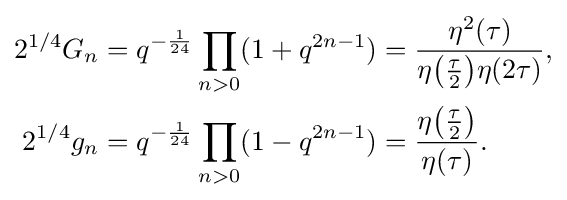
{\begin{aligned}2^{1/4}G_{n}&=q^{-{\frac {1}{24}}}\prod _{n>0}(1+q^{2n-1})={\frac {\eta ^{2}(\tau )}{\eta {\big (}{\tfrac {\tau }{2}}{\big )}\eta (2\tau )}},\\2^{1/4}g_{n}&=q^{-{\frac {1}{24}}}\prod _{n>0}(1-q^{2n-1})={\frac {\eta {\big (}{\tfrac {\tau }{2}}{\big )}}{\eta (\tau )}}.\end{aligned}}